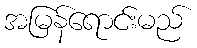
အမြန်ရောင်းမည်